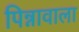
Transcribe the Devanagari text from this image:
पिन्नावाला